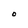
Character: O